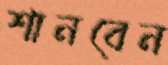
শানবেন